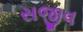
સજીવ